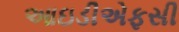
આઇડીએફસી